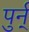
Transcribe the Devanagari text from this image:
पुर्न्